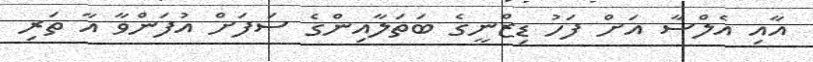
އާއި އެލްސާ އަށް ފަހު ޑިޒްނީގެ ބަތަލާއިންގެ ސަފަށް އުފަންވާ އާ ތަރި